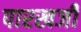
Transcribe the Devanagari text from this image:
पारखजी